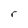
Character: r